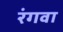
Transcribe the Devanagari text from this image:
रंगवा